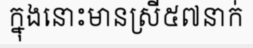
ក្នុងនោះមានស្រី៥៧នាក់